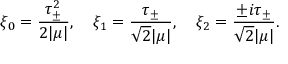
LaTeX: \xi _ { 0 } = \frac { \tau _ { \pm } ^ { 2 } } { { 2 } | \mu | } , ~ ~ ~ \xi _ { 1 } = \frac { \tau _ { \pm } } { \sqrt { 2 } | \mu | } , ~ ~ ~ \xi _ { 2 } = \frac { \pm i \tau _ { \pm } } { \sqrt { 2 } | \mu | } .